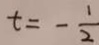
t = - \frac { 1 } { 2 }